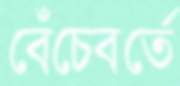
বেঁচেবর্তে